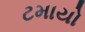
ટમાયો